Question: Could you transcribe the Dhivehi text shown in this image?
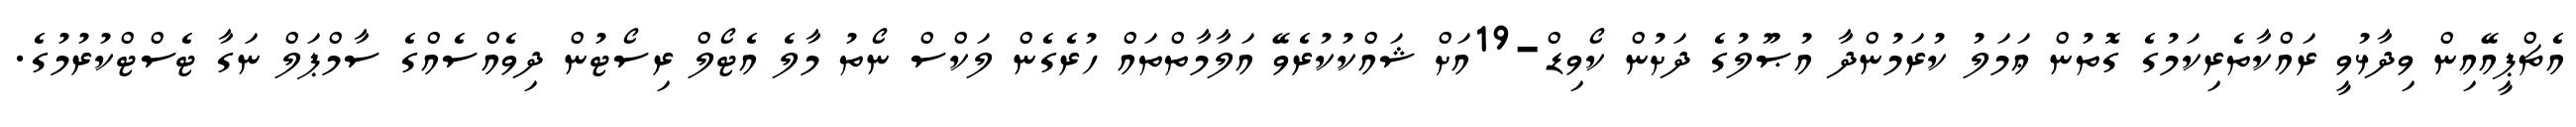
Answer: އެޗްޕީއޭއިން ވިދާޅުވީ ރައްކާތެރިކަމުގެ ގޮތުން ޢަމަލު ކުރަމުންދާ އުޞޫލުގެ ދަށުން ކޯވިޑް-19އަށް ޝައްކުކުރެވޭ އަލާމާތްތައް ހުރެގެން ލަކްސް ނޯތު މާލެ އެޓޯލް ރިސޯޓުން ދިވެއްސެއްގެ ސާމްޕަލް ނަގާ ޓެސްޓްކުރުމުގެ.